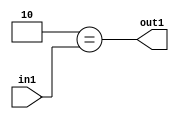
`timescale 1ps / 1ps
/*****************************************************************************
    Verilog RTL Description
    
    
    Created by: Stratus DpOpt 2019.1.01 
*******************************************************************************/

module in_buff_Eqi2u3_4_0 (
	in1,
	out1
	); /* architecture "behavioural" */ 
input [2:0] in1;
output  out1;
wire  asc001;

assign asc001 = (8'B00000010==in1);

assign out1 = asc001;
endmodule

/* CADENCE  urf5Tgo= : u9/ySgnWtBlWxVPRXgAZ4Og= ** DO NOT EDIT THIS LINE ******/